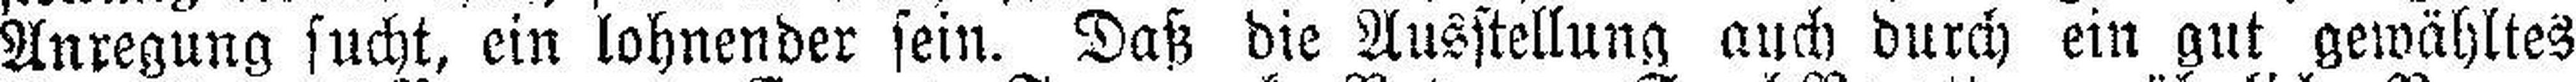
Anregung sucht, ein lohnender sein. Daß die Ausstellung auch durch ein gut gewähltes